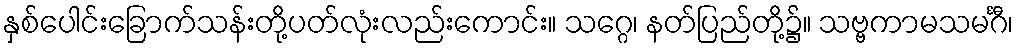
နှစ်ပေါင်းခြောက်သန်းတို့ပတ်လုံးလည်းကောင်း။ သဂ္ဂေ၊ နတ်ပြည်တို့၌။ သဗ္ဗကာမသမင်္ဂီ၊